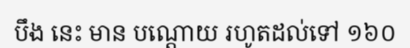
បឹង នេះ មាន បណ្តោយ រហូតដល់ទៅ ១៦០